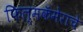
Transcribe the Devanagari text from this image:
फिल्मकॅमेराचे